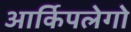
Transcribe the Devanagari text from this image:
आर्किपलेगो